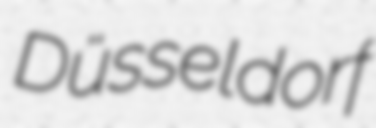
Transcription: Düsseldorf